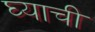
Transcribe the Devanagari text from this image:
घ्याची